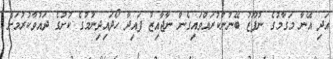
އަދި އޭނާ މަގާމުގެ ނުފޫޒު ބޭނުންކުރައްވައިގެން ނާޖާއިޒު ފައިދާ ހޯދައިދިނުމުގެ ކުށުގެ ދައުވާކުރުމަށް